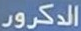
الدكرور